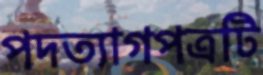
পদত্যাগপত্রটি